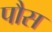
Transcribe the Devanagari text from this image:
पौस